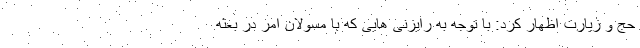
حج و زیارت اظهار کرد: با توجه به رایزنی هایی که با مسولان امر در بعثه